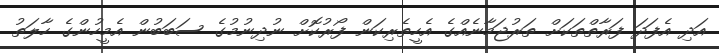
އަދި އެފަދަ ފަރާތްތަކަށް ތަރުޖަމާނެއްގެ އެހީތެރިކަން ފޯރުކޮށް ނުދިނުމުގެ ސަބަބުން އެމީހުންގެ ހާލަތު